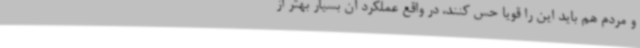
و مردم هم باید این را قویا حس کنند، در واقع عملکرد آن بسیار بهتر از